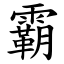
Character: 霸